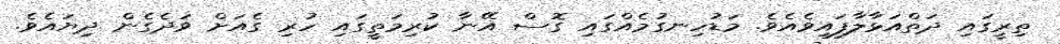
ތިރީގައި ދަތްއަޅާލާފައިވެއެވެ. މަޑުހިނގުމެއްގައި ގޮސް އޭނާ ކުރިމަތީގައި ހުރި ގެއަށް ވަދެގެން ދިޔައެވެ.